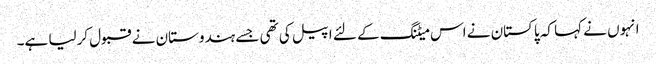
انہوں نے کہا کہ پاکستان نے اس میٹنگ کے لئے اپیل کی تھی جسے ہندوستان نے قبول کرلیا ہے۔